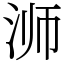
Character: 浉